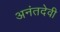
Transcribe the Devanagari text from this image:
अनंतदेवी